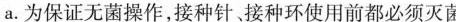
a。为保证无菌操作，接种针接种环使用前都必须灭菌